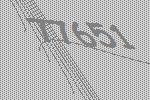
77651